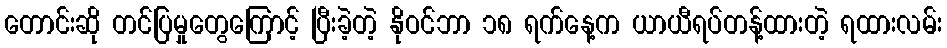
တောင်းဆို တင်ပြမှုတွေကြောင့် ပြီးခဲ့တဲ့ နိုဝင်ဘာ ၁၈ ရက်နေ့က ယာယီရပ်တန့်ထားတဲ့ ရထားလမ်း